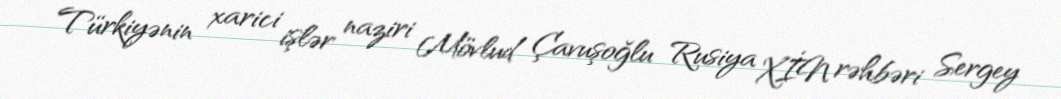
Türkiyənin xarici işlər naziri Mövlud Çavuşoğlu Rusiya XİN rəhbəri Sergey